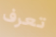
تعرف